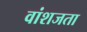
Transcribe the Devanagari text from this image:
वांशजता